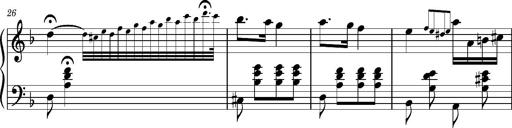
Title: Ungarischer Romanzero
Composer: Franz Liszt